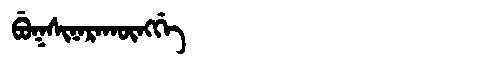
Manchu: ᠪᡠᡴᠰᡳᠨᠠᡵᠠᡴᡡᠩᡤᡝ
Romanization: BUKSINARAKŪNGGE